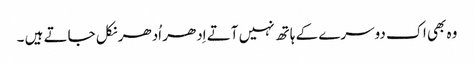
وہ بھی اک دوسرے کے ہاتھ نہیں آتے اِدھر اُدھر نکل جاتے ہیں ۔